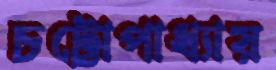
চট্টোপাধ্যায়